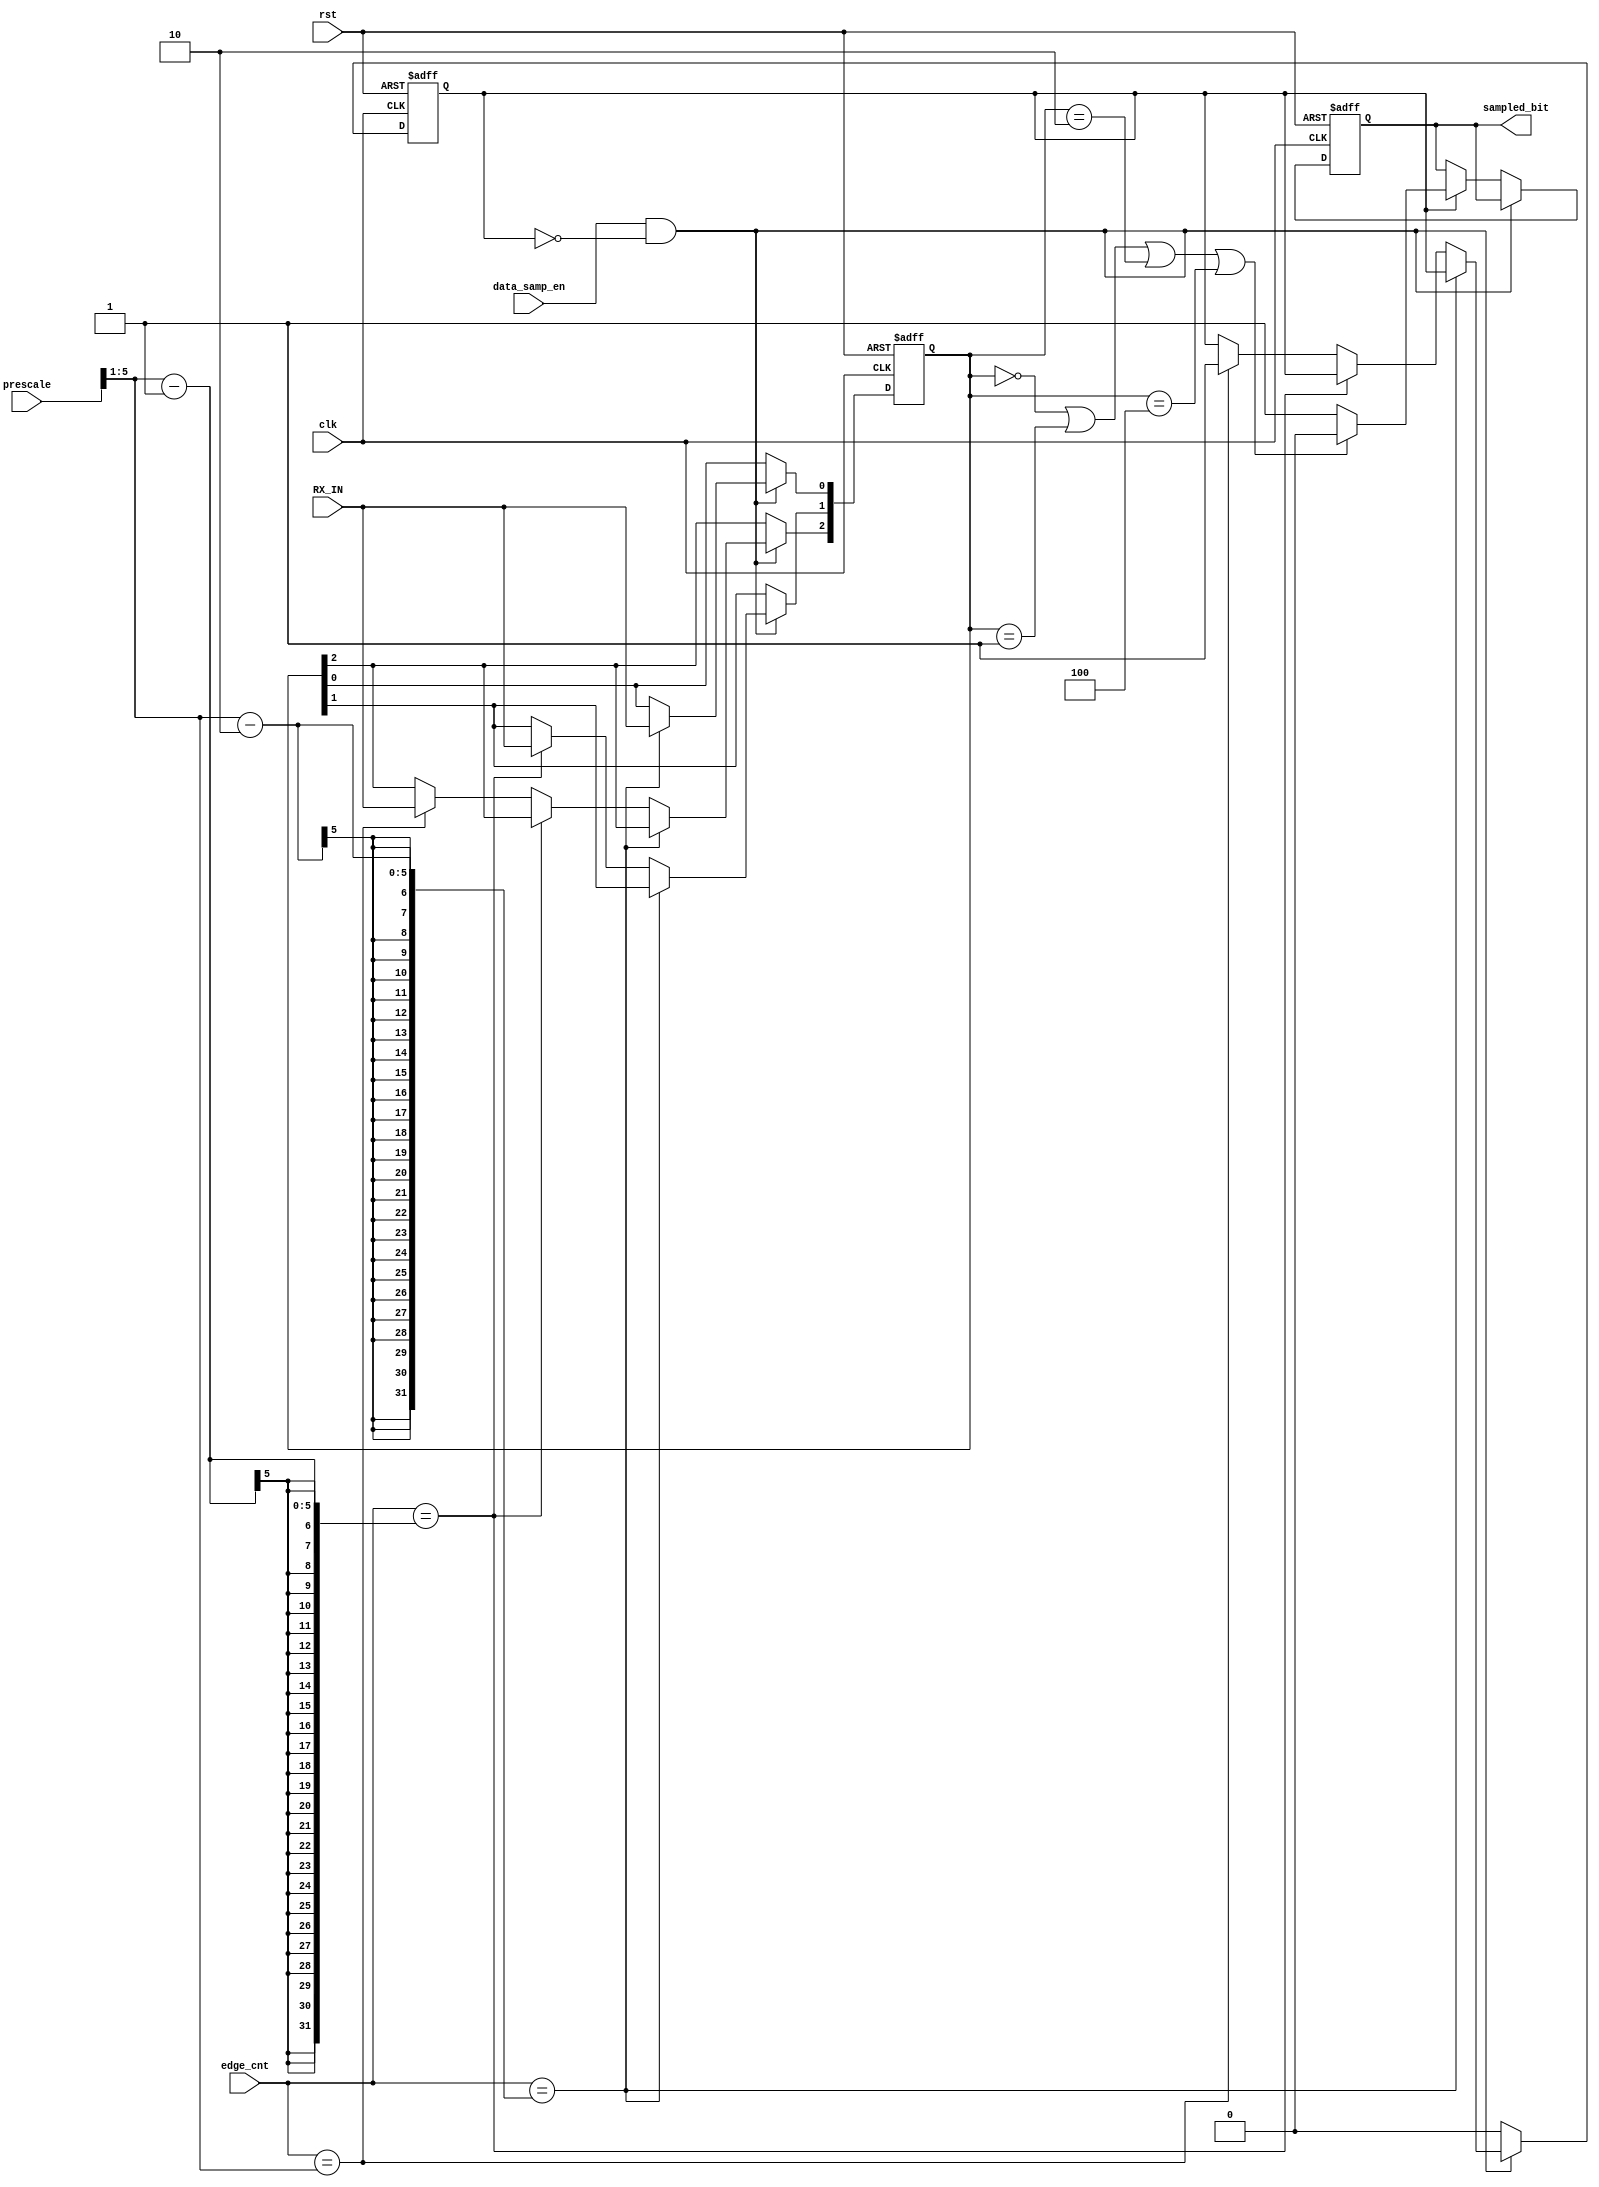
`timescale 1ns / 1ps

module data_sampling (
    input RX_IN,
    input data_samp_en,
    input [5:0] edge_cnt,
    input [5:0] prescale,
    output reg sampled_bit,
    input clk,
    input rst
    );
    wire [4:0] half ;
    reg done;
    reg [2:0] values;
    
    assign half = (prescale >> 1);
    
    always@(posedge clk or negedge rst) begin
        if(!rst) begin
            sampled_bit <=0;
            done <= 0;
            values <= 0;
        end
        else if (data_samp_en && !done) begin
        
            case(edge_cnt)
                half -2 :
                begin
                    values[0] <= RX_IN;                
                end
                half -1 :
                begin
                    values[1] <= RX_IN;                
                end            
                half  :
                begin
                    values[2] <= RX_IN;  
                    done <= 1;                             
                end 
                default :  values <= values;  
            endcase           
      
        end
        else if (done) begin
            sampled_bit <= (values == 0 || values == 1 || values == 2 || values == 4)? 0:1;
            done <= 0;
        end
    end    
endmodule